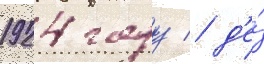
1924 году / д'е́